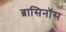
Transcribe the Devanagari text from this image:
ब्रासिनॉस